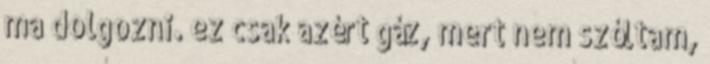
ma dolgozni. ez csak azért gáz, mert nem szóltam,